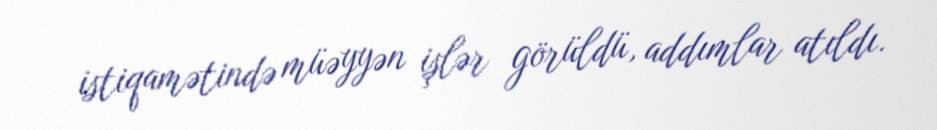
istiqamətində müəyyən işlər görüldü, addımlar atıldı.